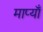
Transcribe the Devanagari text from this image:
माप्याँ